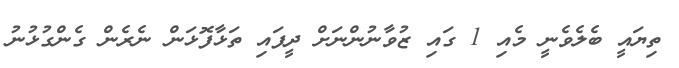
ތިޔައީ ބެލެވެނީ މެއި 1 ގައި ޒުވާނުންނަށް ދީފައި ތަޅާފޮޅަން ނެރެން ގެންގުޅުނު